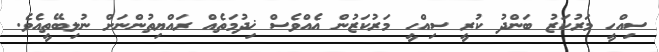
ސިއްހީ މަރުކަޒު ބަންދު ކުރީ ސިއްހީ މަރުކަޒުން އެއްވެސް ޚިދުމަތެއް ރައްޔިތުންނަށް ނުލިބޭތީއެވެ.